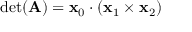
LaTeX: \operatorname* { d e t } ( \mathbf { A } ) = \mathbf { x } _ { 0 } \cdot ( \mathbf { x } _ { 1 } \times \mathbf { x } _ { 2 } )